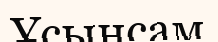
Ұсынсам